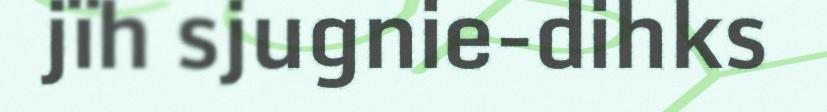
jïh sjugnie-dihks